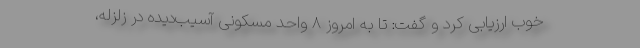
خوب ارزیابی کرد و گفت: تا به امروز ۸ واحد مسکونی آسیب‌دیده در زلزله،